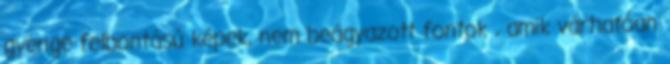
gyenge felbontású képek, nem beágyazott fontok , amik várhatóan